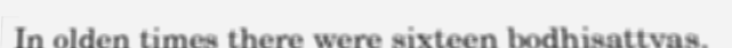
In olden times there were sixteen bodhisattvas.